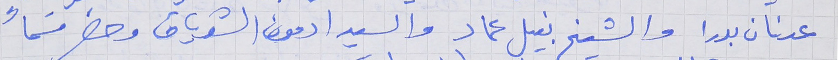
عدنان بدرا والشيخ نبيل عماد والسيد ادمون الشدياق وحضر قسماً